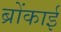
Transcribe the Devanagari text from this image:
ब्रोंकाई